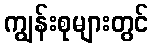
ကျွန်းစုများတွင်